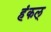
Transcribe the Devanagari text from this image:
हंकल्